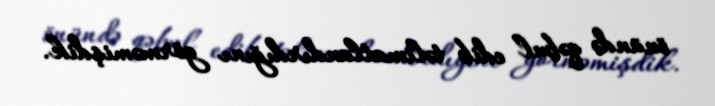
önündə qəbul edib təlimatlandırdığını görməmişdik.